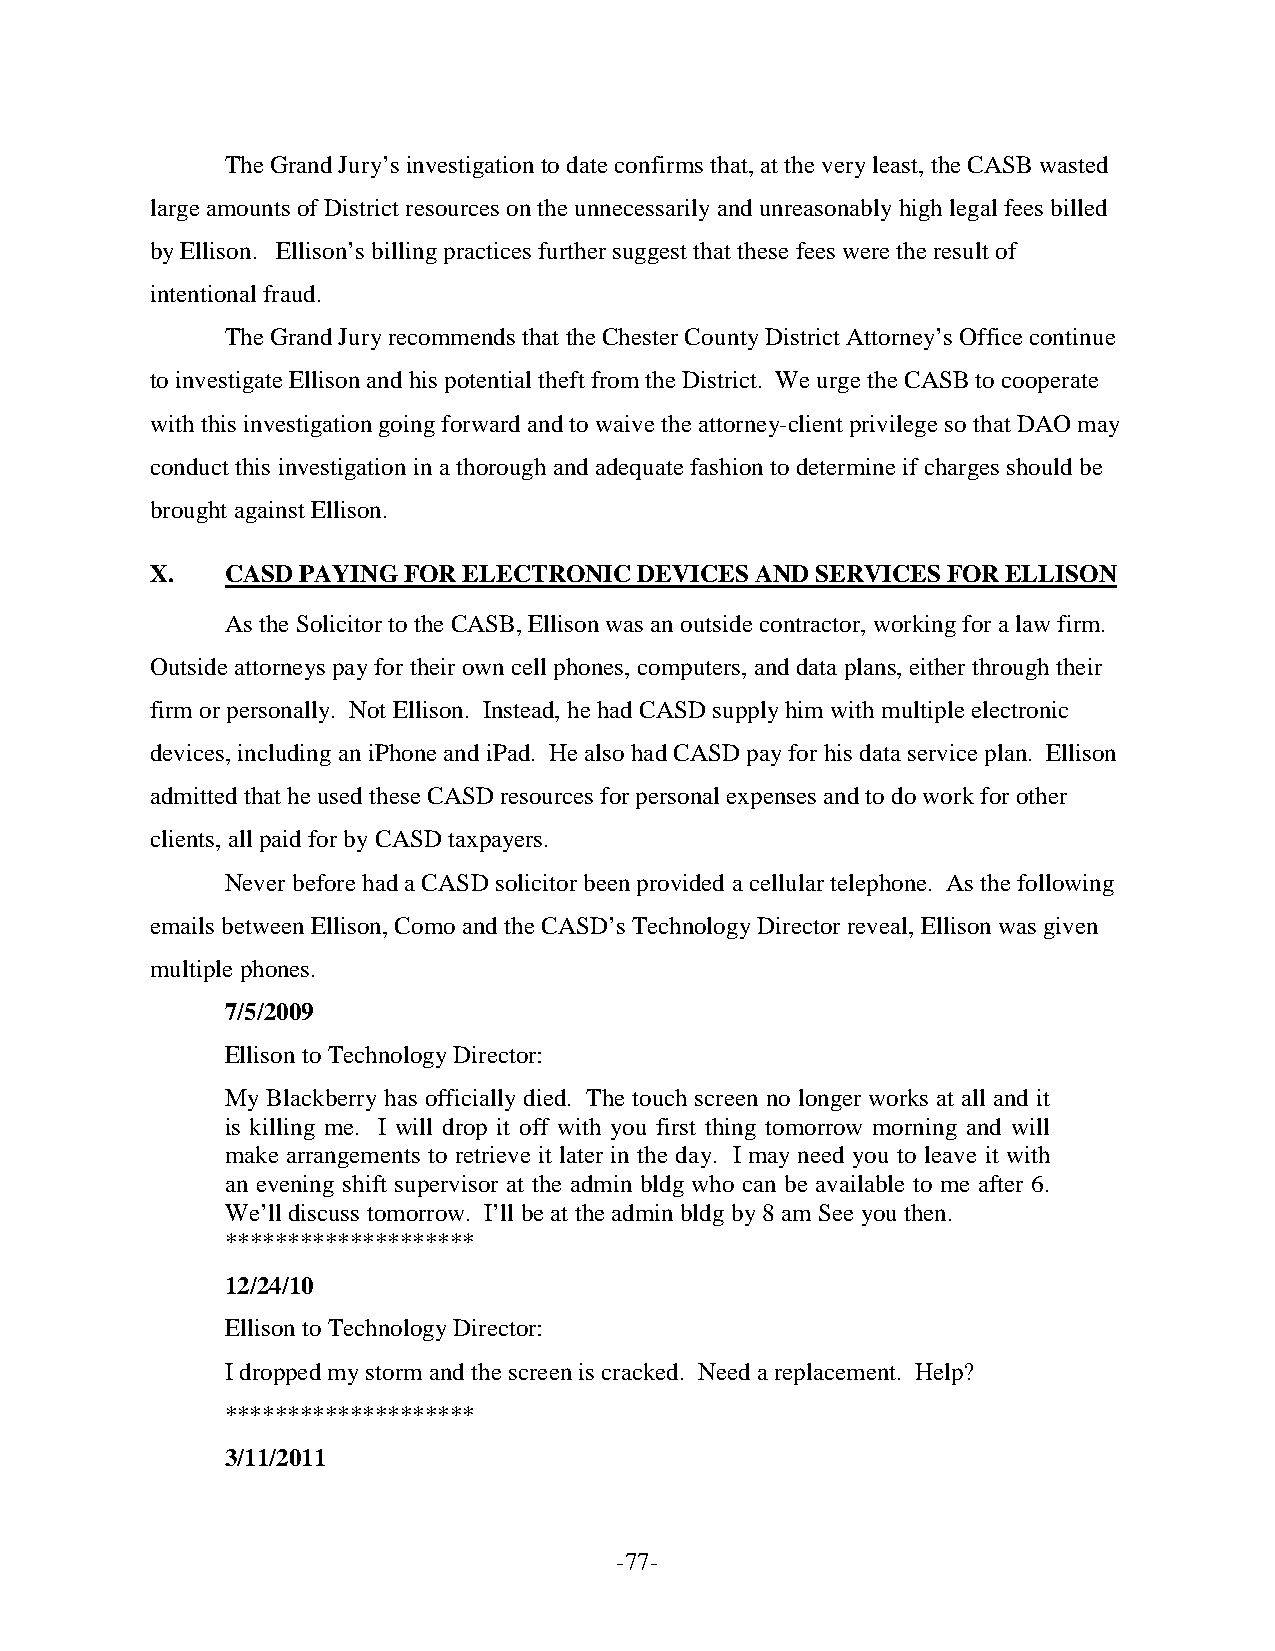
The Grand Jury’s investigation to date confirms that, at the very least, the CASB wasted
 large amounts of District resources on the unnecessarily and unreasonably high legal fees billed
 by Ellison. Ellison’s billing practices further suggest that these fees were the result of
 intentional fraud.
 The Grand Jury recommends that the Chester County District Attorney’s Office continue
 to investigate Ellison and his potential theft from the District. We urge the CASB to cooperate
 with this investigation going forward and to waive the attorney-client privilege so that DAO may
 conduct this investigation in a thorough and adequate fashion to determine if charges should be
 brought against Ellison.
 X.   CASD PAYING FOR ELECTRONIC DEVICES AND SERVICES FOR ELLISON
 As the Solicitor to the CASB, Ellison was an outside contractor, working for a law firm.
 Outside attorneys pay for their own cell phones, computers, and data plans, either through their
 firm or personally. Not Ellison. Instead, he had CASD supply him with multiple electronic
 devices, including an iPhone and iPad. He also had CASD pay for his data service plan. Ellison
 admitted that he used these CASD resources for personal expenses and to do work for other
 clients, all paid for by CASD taxpayers.
 Never before had a CASD solicitor been provided a cellular telephone. As the following
 emails between Ellison, Como and the CASD’s Technology Director reveal, Ellison was given
 multiple phones.
 7/5/2009
 Ellison to Technology Director:
 My Blackberry has officially died. The touch screen no longer works at all and it
 is killing me. I will drop it off with you first thing tomorrow morning and will
 make arrangements to retrieve it later in the day. I may need you to leave it with
 an evening shift supervisor at the admin bldg who can be available to me after 6.
 We’ll discuss tomorrow. I’ll be at the admin bldg by 8 am See you then.
 ********************
 12/24/10
 Ellison to Technology Director:
 I dropped my storm and the screen is cracked. Need a replacement. Help?
 ********************
 3/11/2011
 -77-